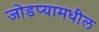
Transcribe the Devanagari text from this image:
जोडप्यामधील